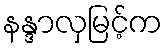
နန္ဒာလှမြင့်က